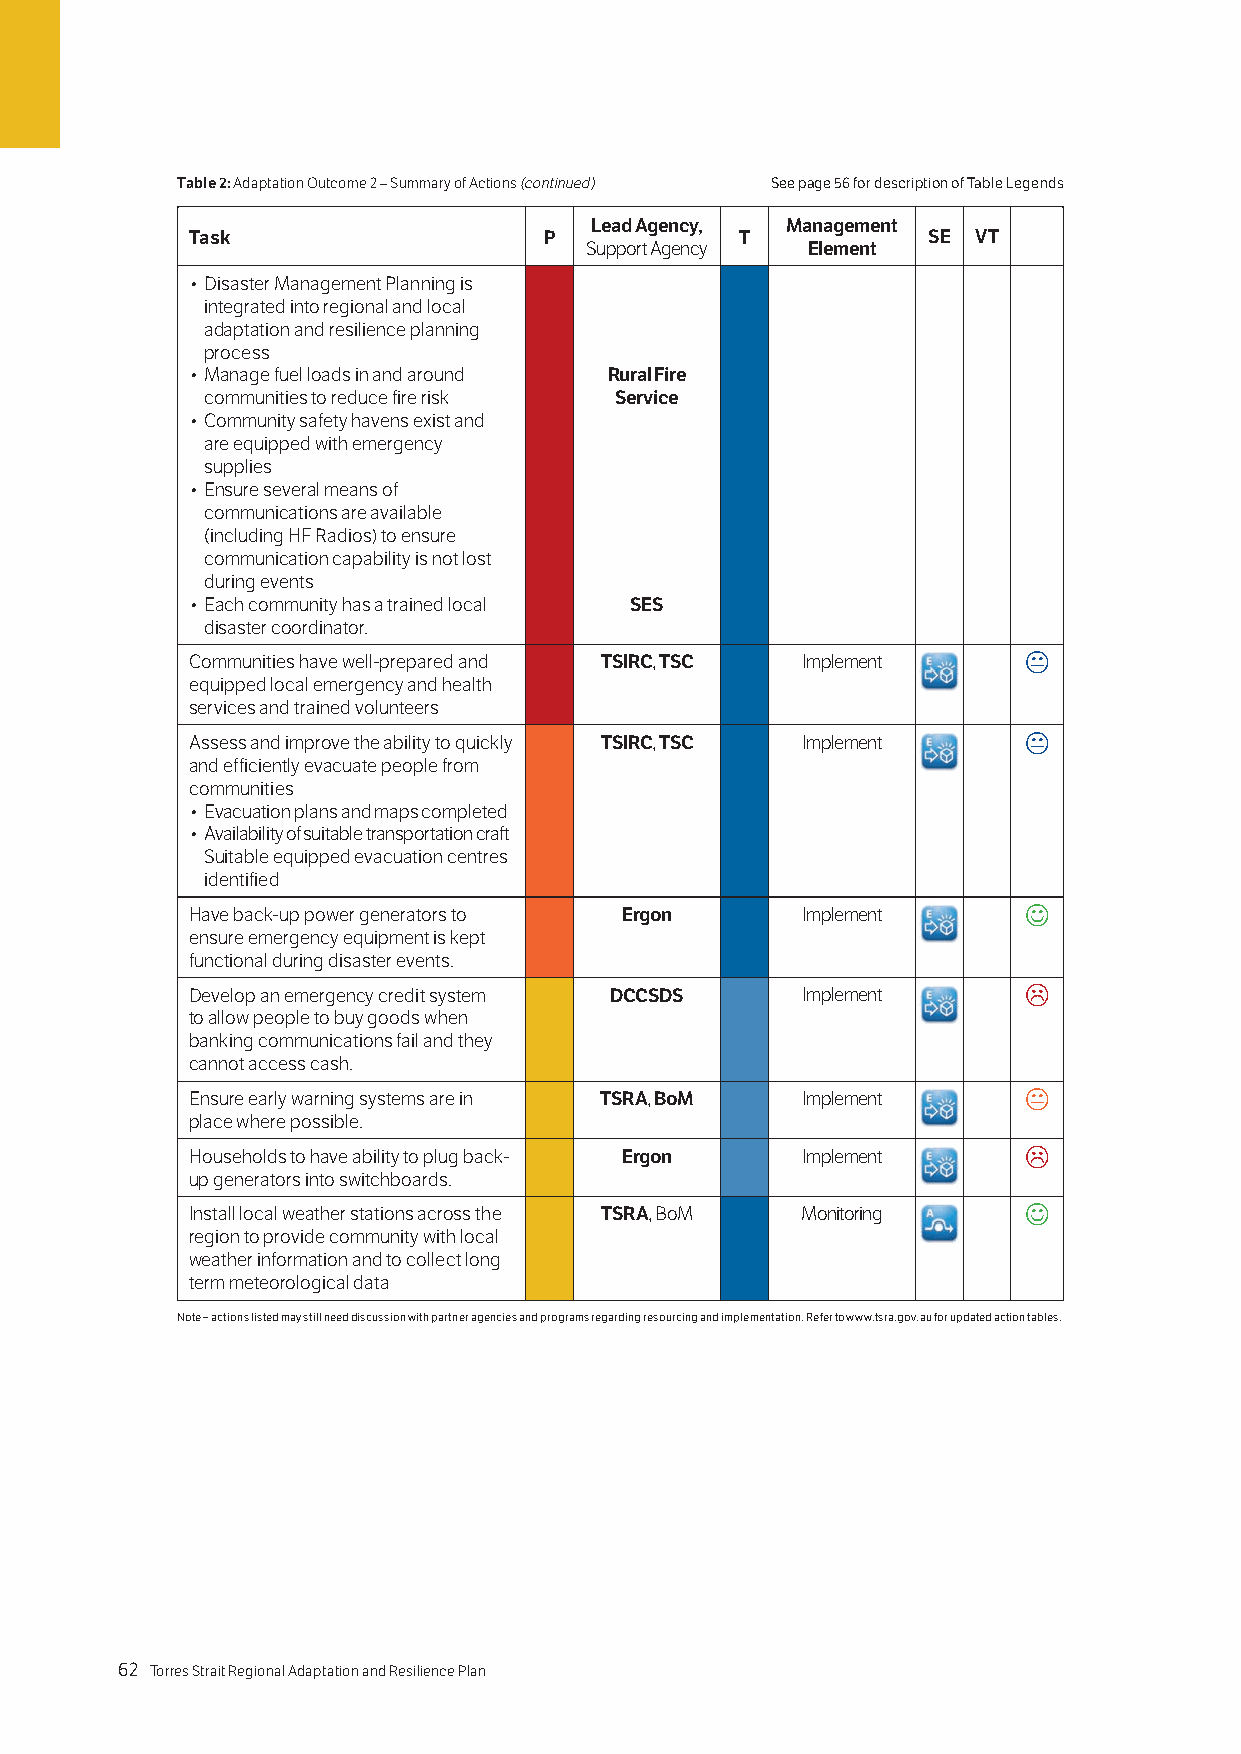
Table 2: Adaptation Outcome 2 – Summary of Actions (continued) See page 56 for description of Table Legends
 Lead Agency, Management
 Task                   P            T           SE VT
 Support Agency Element
 • Disaster Management Planning is
 integrated into regional and local
 adaptation and resilience planning
 process
 • Manage fuel loads in and around Rural Fire
 communities to reduce fire risk Service
 • Community safety havens exist and
 are equipped with emergency
 supplies
 • Ensure several means of
 communications are available
 (including HF Radios) to ensure
 communication capability is not lost
 during events
 • Each community has a trained local SES
 disaster coordinator.
 Communities have well-prepared and TSIRC, TSC Implement 
 equipped local emergency and health
 services and trained volunteers
 Assess and improve the ability to quickly TSIRC, TSC Implement 
 and efficiently evacuate people from
 communities
 • Evacuation plans and maps completed
 • Availability of suitable transportation craft
 Suitable equipped evacuation centres
 identified
 Have back-up power generators to Ergon  Implement      
 ensure emergency equipment is kept
 functional during disaster events.
 Develop an emergency credit system DCCSDS Implement    
 to allow people to buy goods when
 banking communications fail and they
 cannot access cash.
 Ensure early warning systems are in TSRA, BoM Implement 
 place where possible.
 Households to have ability to plug back- Ergon Implement 
 up generators into switchboards.
 Install local weather stations across the TSRA, BoM Monitoring 
 region to provide community with local
 weather information and to collect long
 term meteorological data
 Note – actions listed may still need discussion with partner agencies and programs regarding resourcing and implementation. Refer to www.tsra.gov.au for updated action tables.
 62 Torres Strait Regional Adaptation and Resilience Plan